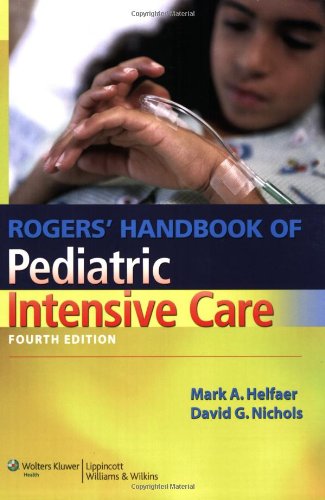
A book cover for Rogers' Handbook of Pediatric Intensive Care (Nichols, Rogers Handbook of Pediatric Intensive Care); Medical Books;